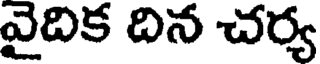
వైదిక దిన చర్య